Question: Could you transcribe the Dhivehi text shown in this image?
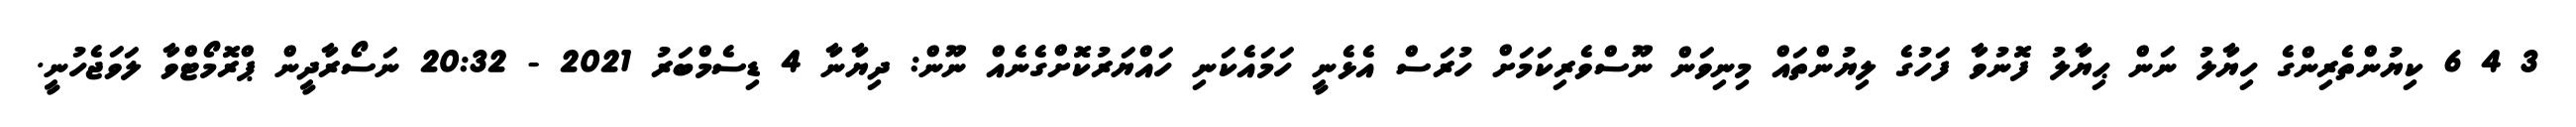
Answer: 3 4 6 ކިޔުންތެރިންގެ ހިޔާލު ނަން ޙިޔާލު ފޮނުވާ ފަހުގެ ލިޔުންތައް މިނިވަން ނޫސްވެރިކަމަށް ހުރަސް އެޅެނީ ހަމައެކަނި ހައްޔަރުކޮށްގެނެއް ނޫން: ދިޔާނާ 4 ޑިސެމްބަރު 2021 - 20:32 ނަސޯރާދީން ޕްރޮމޯޓްވާ ލަވަޖެހުނީ.